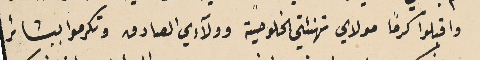
واقبلوا كرمًا مولاي تهنئتي الخلوصية وولآءي الصادق وتكرموا ببشائر